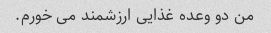
من دو وعده غذایی ارزشمند می خورم.